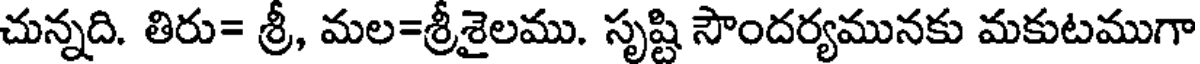
చున్నది. తిరు= శ్రీ, మల=శ్రీశైలము. సృష్టి సౌందర్యమునకు మకుటముగా